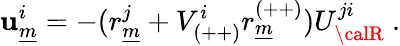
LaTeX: \mathbf{u}_{\underline{{{{m}}}}}^{i}=-(r_{\underline{{{{m}}}}}^{j}+V_{(++)}^{i}r_{\underline{{{{m}}}}}^{(++)})U_{{\calR}}^{ji}~.